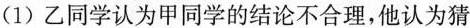
(1)乙同学认为甲同学的结论不合理，他认为猜